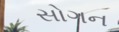
સોગન